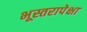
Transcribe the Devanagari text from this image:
भूस्तरापेक्षा